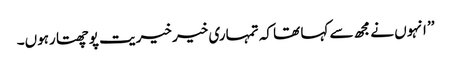
’’ انہوں نے مجھ سے کہا تھا کہ تمہاری خیر خیریت پوچھتا رہوں۔